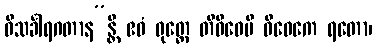
ဝိသင်္ခါရဂတာန”န္တိ ဧဝံ ဝုတ္တေ တိဝိဓေပိ ဝိဝေကေ ရတော၊